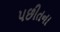
પછીતના